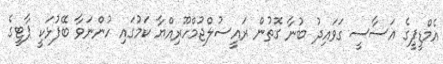
އެމްޑީޕީގެ އަސާސީ ގަވައިދު ބުނާ ގޮތުން ރައީސުލްޖުމްހޫރިއްޔާ ކަމުގައި ހުންނަވާ ބޭފުޅަކީ ޕާޓީގެ